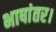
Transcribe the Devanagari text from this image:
भाषांतर।